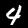
Digit: 4